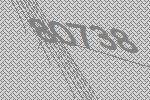
80738